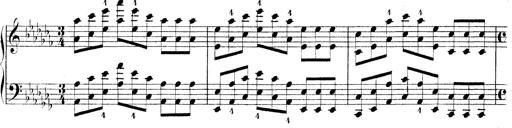
Title: Technische Studien
Composer: Franz Liszt